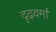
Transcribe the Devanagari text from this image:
दृढ़वर्मा